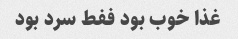
غذا خوب بود ففط سرد بود